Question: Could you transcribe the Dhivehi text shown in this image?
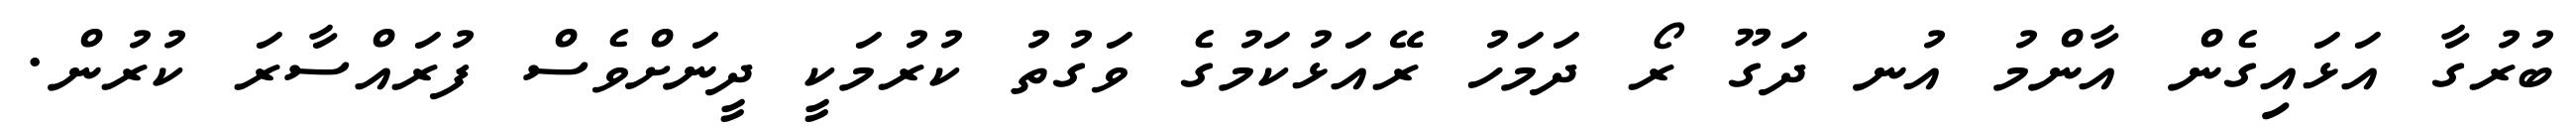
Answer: ބުރުގާ އަޅައިގެން އާންމު އުނ ދަގޫ ރޯ ދަމަހު ރޭއަޅުކަމުގެ ވަގުތު ކުރުމަކީ ދީނަށްވެސް ފުރައްސާރަ ކުރުން.